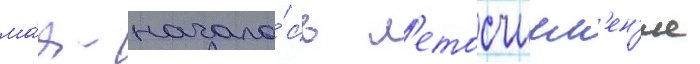
ма́я - начало́сь л'етосчисл'ен'ие